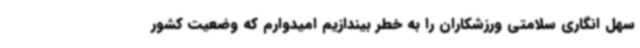
سهل انگاری سلامتی ورزشکاران را به خطر بیندازیم امیدوارم که وضعیت کشور